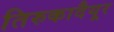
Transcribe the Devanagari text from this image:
तिरुकादैयूर